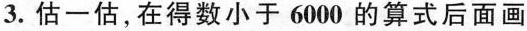
3. 估一估，在得数小于6000的算式后面画